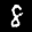
Label: 8